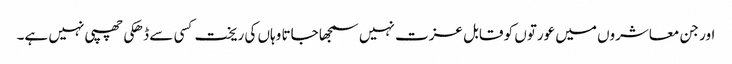
اور جن معاشروں میں عورتوں کو قابل عزت نہیں سمجھا جاتا وہاں کی ریخت کسی سے ڈھکی چھپی نہیں ہے۔